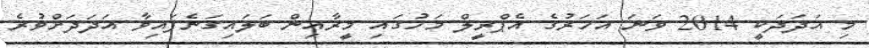
މި އަދަދަކީ 2014 ވަނަ އަހަރުގެ އެޕްރީލް މަހުގައި މީރާއިން ބަލައިގަނެފައިވާ އަދަދަށްވުރެ